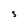
Character: S